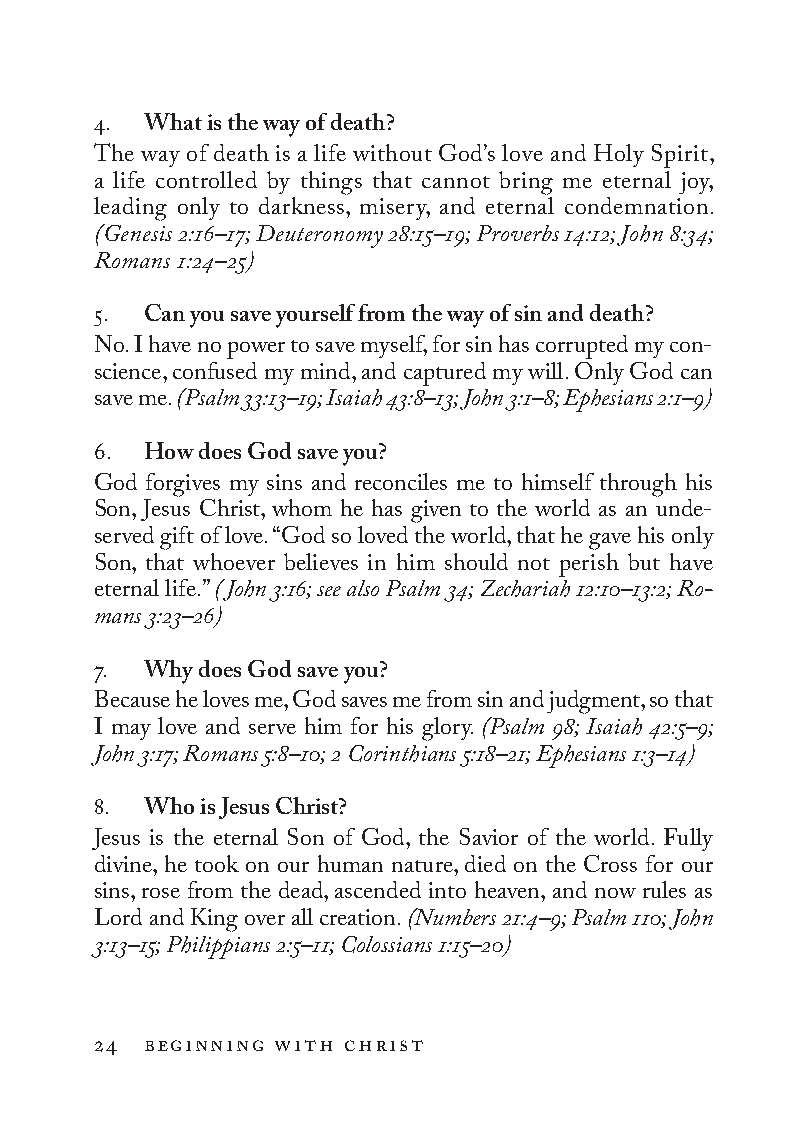
4. What is the way of death?
 The way of death is a life without God’s love and Holy Spirit,
 a life controlled by things that cannot bring me eternal joy,
 leading only to darkness, misery, and eternal condemnation.
 (Genesis 2:16–17; Deuteronomy 28:15–19; Proverbs 14:12; John 8:34;
 Romans 1:24–25)
 5. Can you save yourself from the way of sin and death?
 No. I have no power to save myself, for sin has corrupted my con-
 science, confused my mind, and captured my will. Only God can
 save me. (Psalm 33:13–19; Isaiah 43:8–13; John 3:1–8; Ephesians 2:1–9)
 6. How does God save you?
 God forgives my sins and reconciles me to himself through his
 Son, Jesus Christ, whom he has given to the world as an unde-
 served gift of love. “God so loved the world, that he gave his only
 Son, that whoever believes in him should not perish but have
 eternal life.” (John 3:16; see also Psalm 34; Zechariah 12:10–13:2; Ro­
 mans 3:23–26)
 7. Why does God save you?
 Because he loves me, God saves me from sin and judgment, so that
 I may love and serve him for his glory. (Psalm 98; Isaiah 42:5–9;
 John 3:17; Romans 5:8–10; 2 Cor in thi ans 5:18–21; Ephesians 1:3–14)
 8. Who is Jesus Christ?
 Jesus is the eternal Son of God, the Savior of the world. Fully
 divine, he took on our human nature, died on the Cross for our
 sins, rose from the dead, ascended into heaven, and now rules as
 Lord and King over all creation. (Numbers 21:4–9; Psalm 110; John
 3:13–15; Philippians 2:5–11; Colossians 1:15–20)
 24 beginning with christ
 To be a Christian.566776.int.indd 24        11/13/19 1:31 PM